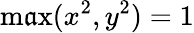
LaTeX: \operatorname*{m\mathfrak{a}x}(x^{2},y^{2})=1